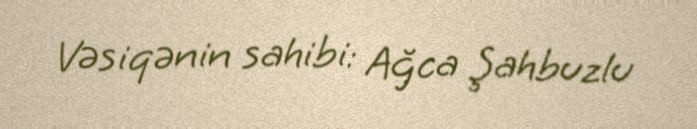
Vəsiqənin sahibi: Ağca Şahbuzlu